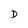
Character: D